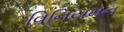
વિનિયમન